Lunatic asylums Punjab 1895-1910 - 1895-1910
Year: 1895
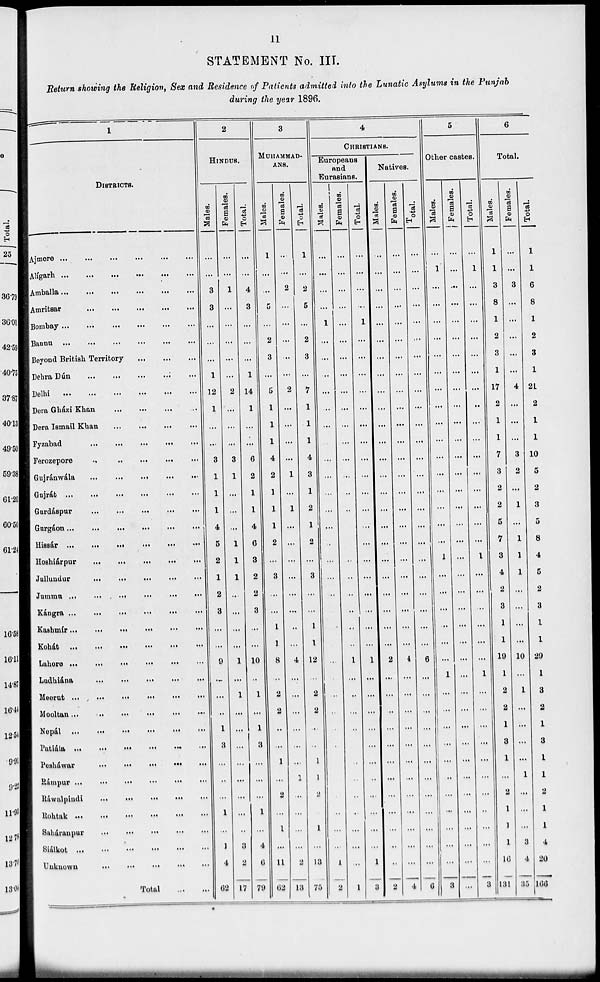
11
STATEMENT No. III.
Return showing the Religion, Sex and Residence of Patients admitted into the Lunatic Asylums in the Punjab
during the year 1896.
1
DISTRICTS.
Ajmere ... ...
...
...
...
...
Aligarh ...
...
...
...
...
...
Amballa ...
...
...
...
... ...
Amritsar
...
...
...
... ...
Bombay ... ... ... ... ... ...
Bannu ...
...
...
...
...
...
Beyond British Territory ... ... ...
Dehra Dún
...
...
...
...
...
Delhi
... ... ... ... ... ...
Dera Gházi Khan
... ... ... ...
Dera Ismail Khan
...
...
...
...
Fyzabad
...
...
...
...
...
Ferozepore
...
...
...
...
...
Gujránwála
...
...
...
...
...
Gnjrát ...
...
...
...
...
...
Gurdáspur
...
...
...
...
...
Gurgáon ...
...
...
...
...
...
Hissár ...
...
...
...
...
...
Hoshiárpur
...
...
...
...
...
Jullundur
...
...
...
...
...
Jummu ...
...
...
...
...
...
Kángra ...
...
...
...
...
...
Kashmir ... ...
...
...
...
...
Kohát
...
...
...
...
...
...
Lahore
...
...
...
...
...
...
Ludhiána
...
...
...
...
...
...
Meerut
...
...
...
...
...
...
Mooltan
...
...
...
...
...
...
Nepál
...
...
...
...
...
...
Patiála ... ... ... ... ... ...
Pesháwar
...
...
...
...
...
...
Rámpur ... ... ... ... ... ...
Ráwalpindi ... ... ... ... ... ...
Rohtak ... ... ... ... ... ...
Saháranpur
...
...
...
...
...
...
Siálkot ... ... ... ... ... ...
Unknown
...
...
...
...
...
...
Total
...
...
2
HINDUS.
Males.
...
...
3
3
...
...
...
1
12
1
...
...
3
1
1
1
4
5
2
1
2
3
...
...
9
...
...
...
1
3
...
...
...
1
...
1
4
62
Females.
...
...
1
...
...
...
...
...
2
...
...
...
3
1
...
...
...
1
1
1
...
...
...
...
1
...
1
...
...
...
...
...
...
...
..
3
2
17
Total.
...
...
4
3
...
...
...
1
14
1
...
...
6
2
1
1
4
6
3
2
2
3
...
...
10
...
1
...
1
3
...
...
...
1
...
4
6
79
3
MUHAMMAD-
ANS.
Males.
1
...
...
5
...
2
3
...
5
1
1
1
4
2
1
1
1
2
...
3
...
...
1
1
8
...
2
2
...
...
1
...
2
...
1
...
11
62
Females.
...
...
2
...
...
...
...
...
2
...
...
...
...
1
...
1
...
...
...
...
...
...
...
...
4
...
...
...
...
...
...
1
...
...
...
...
2
13
Total.
1
...
2
5
...
2
3
...
7
1
1
1
4
3
1
2
1
2
...
3
...
...
1
1
12
...
2
2
...
...
1
1
2
1
...
13
75
4
CHRISTIANS.
Europeans
and
Eurasians.
Males.
...
...
...
...
1
...
...
..
...
...
...
...
...
...
...
...
...
...
...
..
...
...
...
...
...
...
...
...
...
...
...
1
2
Females.
...
...
...
...
...
...
...
...
...
...
...
...
...
...
..
...
...
...
..
..
...
...
...
1
...
...
...
...
...
...
...
...
...
...
...
...
1
Total.
...
...
...
...
1
...
...
...
...
...
...
...
...
...
...
...
...
...
...
...
...
. . .
...
...
1
...
...
...
...
...
...
...
...
...
...
...
1
3
Natives.
Males.
...
...
...
...
...
...
...
...
...
...
...
...
...
...
...
...
...
...
...
...
...
...
...
...
2
...
...
...
...
...
...
...
...
...
...
...
...
2
Females.
...
...
...
...
...
...
...
...
...
...
...
...
...
...
...
...
...
...
...
...
...
...
...
...
4
...
...
...
...
...
...
...
...
...
...
...
...
4
Total.
...
...
...
...
...
...
...
...
...
...
...
...
...
...
...
...
...
...
...
...
...
...
...
...
6
...
...
...
...
...
...
...
...
...
...
...
...
6
5
Other castes.
Males.
...
1
...
...
...
...
...
...
...
...
...
...
...
...
...
...
...
...
1
...
...
...
...
...
...
1
...
...
...
...
...
...
...
...
...
...
...
3
Females.
...
...
...
...
...
...
...
...
...
...
...
...
...
...
...
...
...
...
...
...
...
...
...
...
...
...
...
...
...
...
...
...
...
...
...
...
...
...
Total.
...
1
...
...
...
...
...
...
...
..
...
...
...
...
...
...
...
...
1
...
...
...
...
...
...
1
...
...
...
...
...
...
...
. .
...
...
...
3
6
Total.
Males.
1
1
3
8
1
2
3
1
17
2
1
1
7
3
2
2
5
7
3
4
2
3
1
1
19
1
2
2
1
3
1
...
2
1
1
1
16
131
Females.
...
...
3
...
...
...
...
...
4
...
...
...
3
2
...
1
...
1
1
1
...
...
...
...
10
...
1
...
...
...
...
1
...
...
...
3
4
35
Total.
1
1
6
8
1
2
3
1
21
2
1
1
10
5
2
3
5
8
4
5
2
3
1
1
29
1
3
2
1
3
1
1
2
1
1
4
20
166